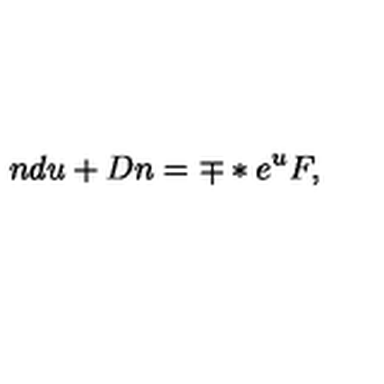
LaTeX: n d u + D n = \mp * e \sp { u } F ,